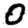
Digit: 0